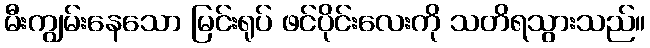
မီးကျွမ်းနေသော မြင်းရုပ် ဖင်ပိုင်းလေးကို သတိရသွားသည်။